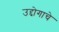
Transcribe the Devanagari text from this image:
उद्दोगाचे